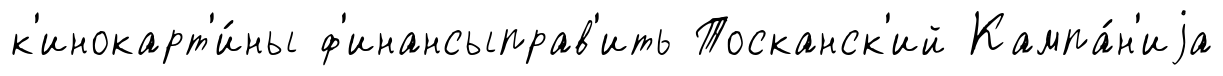
к'инокарт'и́ны ф'инансыправ'ить Тосканск'ий Кампа́н'иjа